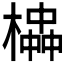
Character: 𪳱